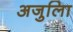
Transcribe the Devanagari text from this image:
अजुलिा